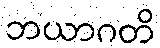
ဘယာဂတိ